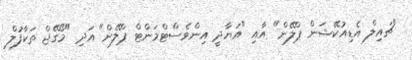
"ޗައިލް އެޑިއުކޭޝަން ޕްލޭން" އާއި "އަޔާދީ އިންވެސްޓްމަންޓް ޕްލޭން" އަދި "މޯގޭޖް ތަކާފުލް